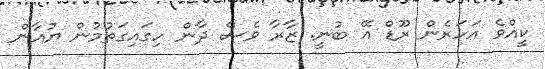
ކީއްވެ އަހަރެން ރޫޑް އޭ ބުނީ. ޒާރާ ވެސް ދާން ހިގައިގަތުމުން ޔުއާން